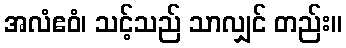
အလံဧဝံ၊ သင့်သည် သာလျှင် တည်း။